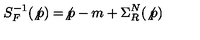
S _ { F } ^ { - 1 } ( \not { p } ) = \not { p } - m + \Sigma _ { R } ^ { N } ( \not { p } )